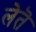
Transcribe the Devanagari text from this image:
लेतॆ